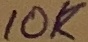
Text: 10K